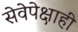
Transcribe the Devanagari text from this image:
सेवेपेक्षाही